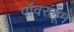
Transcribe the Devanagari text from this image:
पॉवरलूम